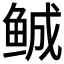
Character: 𲍒